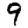
Digit: 9